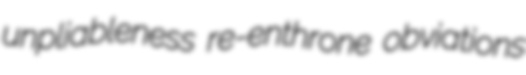
unpliableness re-enthrone obviations